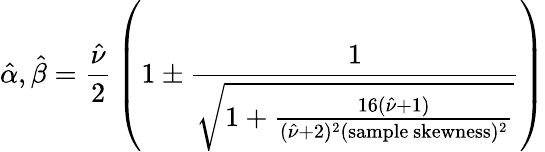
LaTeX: {\hat{\alpha}},{\hat{\beta}}={\frac{\hat{\nu}}{2}}\left(1\pm{\frac{1}{\sqrt{1+{\frac{16({\hat{\nu}}+1)}{({\hat{\nu}}+2)^{2}({\mathrm{sample~skewness}})^{2}}}}}}\right)